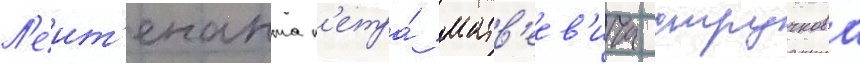
Л'еит'енанта п'етра́ матв'еев'ича стручкова